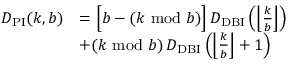
\begin{array} { r l } { D _ { \mathrm { P I } } ( k , b ) } & { = \Big [ b - ( k ~ \mathrm { m o d } ~ b ) \Big ] \, D _ { \mathrm { D B I } } \left( \left\lfloor \frac { k } { b } \right\rfloor \right) } \\ & { + ( k ~ \mathrm { m o d } ~ b ) \, D _ { \mathrm { D B I } } \left( \left\lfloor \frac { k } { b } \right\rfloor + 1 \right) } \end{array}